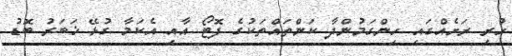
ހުރި ރަށެއްގައި ހިންގަމުންދާ ކަންތައްތަކުގެ ފޮޓޯ އާއި އެކަމާ ގުޅޭ ޚަބަރު ބޮޑު